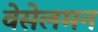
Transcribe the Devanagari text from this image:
वेसेलमन